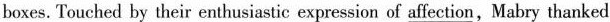
boxes.Touched by their enthusiastic expression of _affection,Mabry thanked